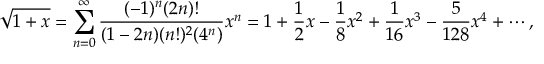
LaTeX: { \sqrt { 1 + x } } = \sum _ { n = 0 } ^ { \infty } { \frac { ( - 1 ) ^ { n } ( 2 n ) ! } { ( 1 - 2 n ) ( n ! ) ^ { 2 } ( 4 ^ { n } ) } } x ^ { n } = 1 + { \frac { 1 } { 2 } } x - { \frac { 1 } { 8 } } x ^ { 2 } + { \frac { 1 } { 1 6 } } x ^ { 3 } - { \frac { 5 } { 1 2 8 } } x ^ { 4 } + \cdots ,